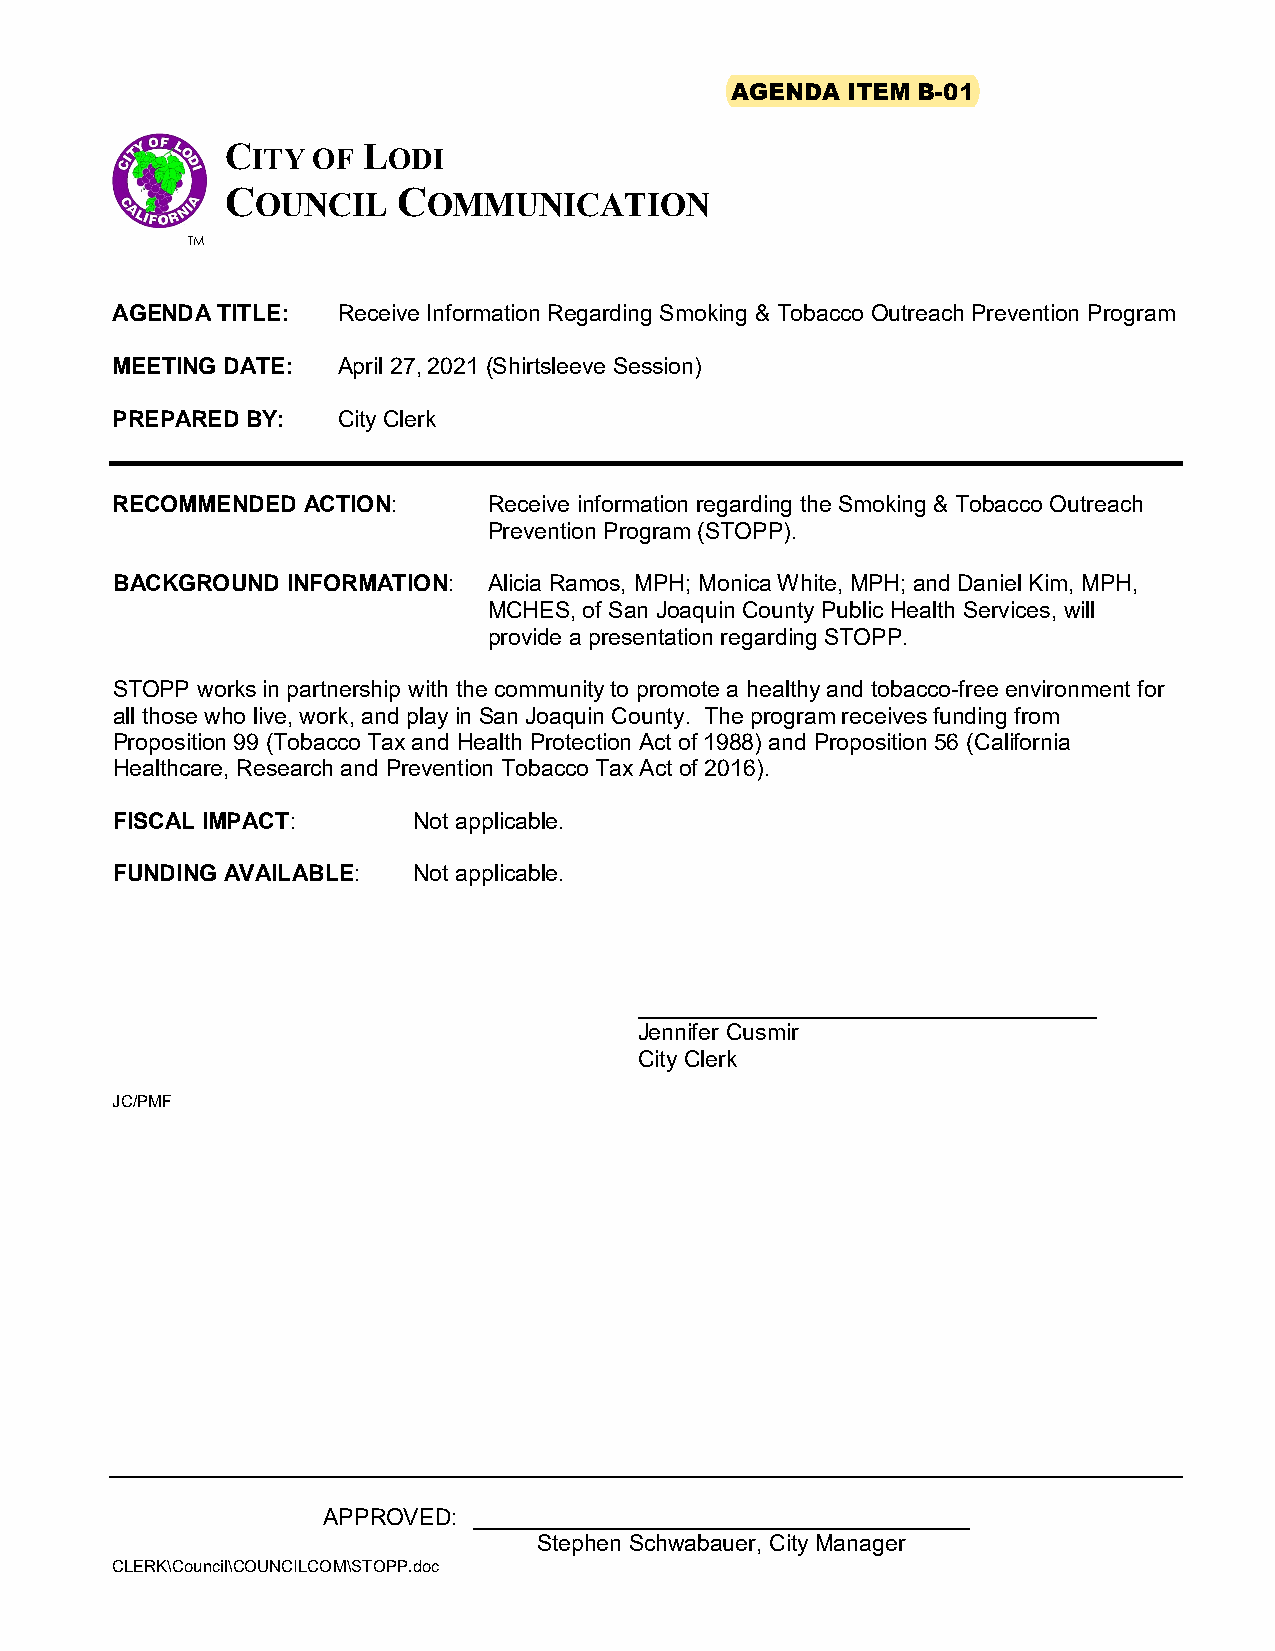
AGENDA  ITEM B-01
 CITY  OF LODI
 COUNCIL    COMMUNICATION
 TM
 AGENDA TITLE:  Receive Information Regarding Smoking & Tobacco Outreach Prevention Program
 MEETING DATE:  April 27, 2021 (Shirtsleeve Session)
 PREPARED BY:   City Clerk
 RECOMMENDED  ACTION:     Receive information regarding the Smoking & Tobacco Outreach
 Prevention Program (STOPP).
 BACKGROUND  INFORMATION: Alicia Ramos, MPH; Monica White, MPH; and Daniel Kim, MPH,
 MCHES, of San Joaquin County Public Health Services, will
 provide a presentation regarding STOPP.
 STOPP works in partnership with the community to promote a healthy and tobacco-free environment for
 all those who live, work, and play in San Joaquin County. The program receives funding from
 Proposition 99 (Tobacco Tax and Health Protection Act of 1988) and Proposition 56 (California
 Healthcare, Research and Prevention Tobacco Tax Act of 2016).
 FISCAL IMPACT:      Not applicable.
 FUNDING AVAILABLE:  Not applicable.
 ____________________________________
 Jennifer Cusmir
 City Clerk
 JC/PMF
 APPROVED: _______________________________________
 Stephen Schwabauer, City Manager
 CLERK\Council\COUNCILCOM\STOPP.doc